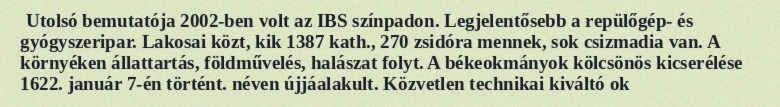
Utolsó bemutatója 2002-ben volt az IBS színpadon. Legjelentősebb a repülőgép- és gyógyszeripar. Lakosai közt, kik 1387 kath., 270 zsidóra mennek, sok csizmadia van. A környéken állattartás, földművelés, halászat folyt. A békeokmányok kölcsönös kicserélése 1622. január 7-én történt. néven újjáalakult. Közvetlen technikai kiváltó ok